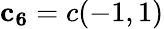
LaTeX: \mathbf{c_{6}}=c(-1,1)